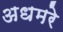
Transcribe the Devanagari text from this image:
अधमरे